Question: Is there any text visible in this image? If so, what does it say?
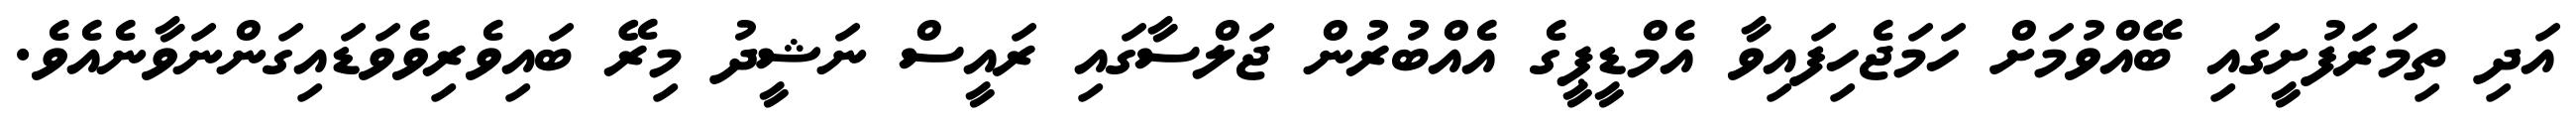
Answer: އަދި ތިމަރަފުށީގައި ބޭއްވުމަށް ހަމަޖެހިފައިވާ އެމްޑީޕީގެ އެއްބުރުން ޖަލްސާގައި ރައީސް ނަޝީދު މިރޭ ބައިވެރިވެވަޑައިގަންނަވާނެއެވެ.